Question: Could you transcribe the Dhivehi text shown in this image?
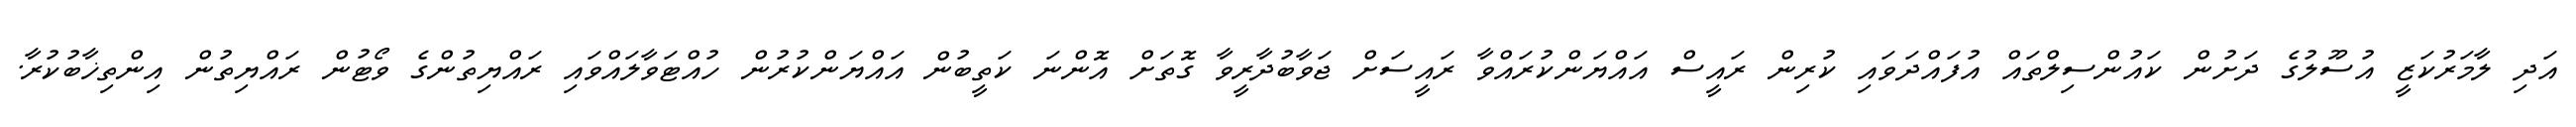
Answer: އަދި ލާމަރުކަޒީ އުސޫލުގެ ދަށުން ކައުންސިލްތައް އުފައްދަވައި ކުރިން ރައީސް އައްޔަންކުރައްވާ ރައީސަށް ޖަވާބުދާރީވާ ގޮތަށް އޮންނަ ކަތީބުން އައްޔަންކުރުން ހުއްޓަވާލައްވައި ރައްޔިތުންގެ ވޯޓުން ރައްޔިތުން އިންތިޚާބުކުރާ.